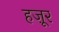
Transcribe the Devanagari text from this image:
हज़ूर